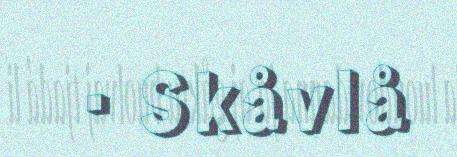
· Skåvlå